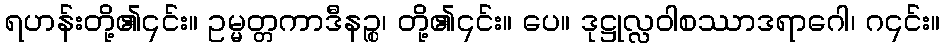
ရဟန်းတို့၏၎င်း။ ဥမ္မတ္တကာဒီနဉ္စ၊ တို့၏၎င်း။ ပေ။ ဒုဋ္ဌုလ္လဝါစဿာဒရာဂေါ၊ ဂ၎င်း။